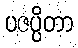
ပဇပ္ပိတာ